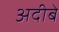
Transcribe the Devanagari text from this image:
अदीबे